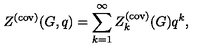
Z ^ { ( \mathrm { c o v ) } } ( G , q ) = \sum _ { k = 1 } ^ { \infty } Z _ { k } ^ { ( \mathrm { c o v ) } } ( G ) q ^ { k } ,